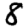
Digit: 8